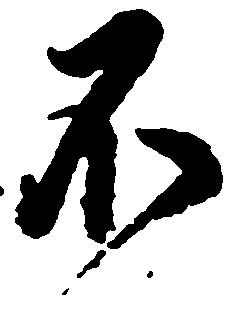
不